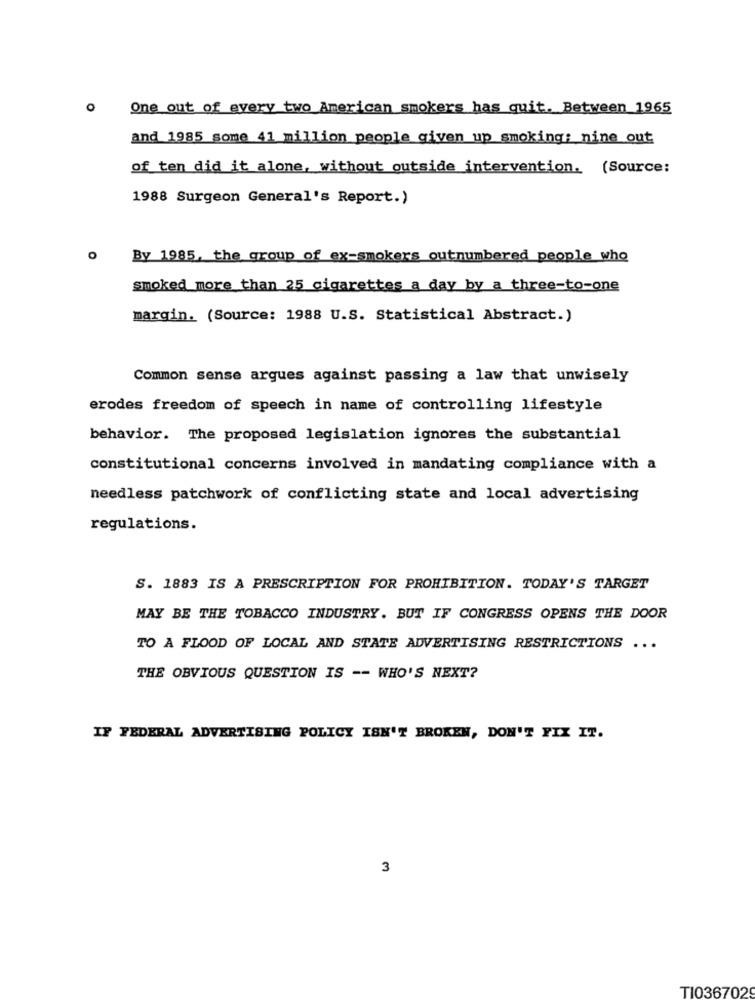
One out of every two American smokers has quit. Between 1965
and 1985 some 41 million people given up smoking: nine out
of ten did it alone, without outside intervention. (Source:
1988 Surgeon General's Report.)
By 1985, the group of ex-smokers outnumbered people who
smoked more than 25 cigarettes a day by a three-to-one
margin. (Source: 1988 U.S. Statistical Abstract.)
Common sense argues against passing a law that unwisely
erodes freedom of speech in name of controlling lifestyle
behavior. The proposed legislation ignores the substantial
constitutional concerns involved in mandating compliance with a
needless patchwork of conflicting state and local advertising
regulations.
S. 1883 IS A PRESCRIPTION FOR PROHIBITION. TODAY'S TARGET
MAY BE THE TOBACCO INDUSTRY. BUT IF CONGRESS OPENS THE DOOR
TO A FLOOD OF LOCAL AND STATE ADVERTISING RESTRICTIONS ...
THE OBVIOUS QUESTION IS -- WHO'S NEXT?
IF FEDERAL ADVERTISING POLICY ISN'T BROKEN, DON'T FIX IT.
3
TI036702